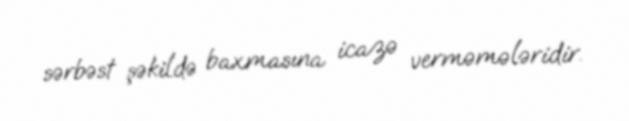
sərbəst şəkildə baxmasına icazə verməmələridir.